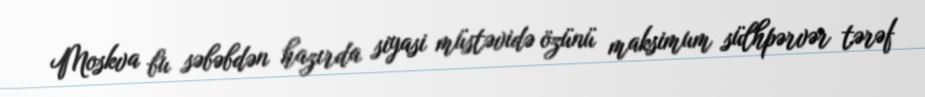
Moskva bu səbəbdən hazırda siyasi müstəvidə özünü maksimum sülhpərvər tərəf